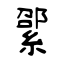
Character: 綤